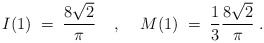
\begin{align*}I(1) \; = \; \frac{8 \sqrt{2}}{\pi} \; \; \; \; , \; \; \; \;M(1) \; = \; \frac{1}{3} \frac{8 \sqrt{2}}{\pi} \; .\end{align*}